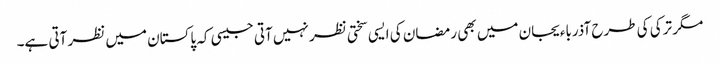
مگر ترکی کی طرح آذرباءیجان میں بھی رمضان کی ایسی سختی نظر نہیں آتی جیسی کہ پاکستان میں نظر آتی ہے۔